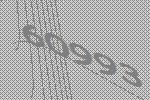
60993